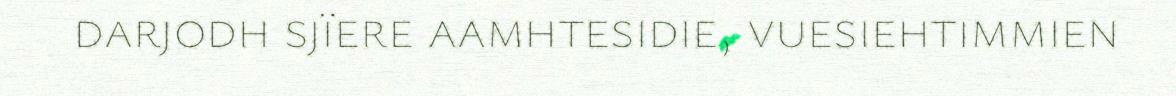
darjodh sjïere aamhtesidie, vuesiehtimmien